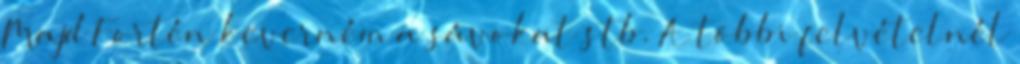
Majd Fortén keverném a sávokat stb. A többi felvételnél